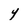
Character: Y